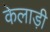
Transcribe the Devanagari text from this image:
केलाड़ी